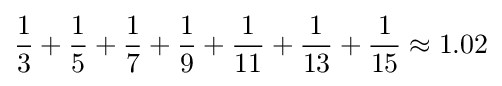
{\frac {1}{3}}+{\frac {1}{5}}+{\frac {1}{7}}+{\frac {1}{9}}+{\frac {1}{11}}+{\frac {1}{13}}+{\frac {1}{15}}\approx 1.02